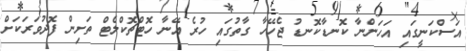
އަސްކަނީގައި އަހަންނާ ކޮނޑާކޮނޑު ޖެހޭހާ ގާތުގައި ހުރެ އޭނާ ހޮޓްޗޮކްލެޓް ތަށިން ފޮދުވަރަކަށް